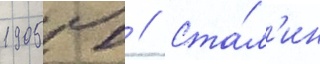
1905 г // Ста́л'ин